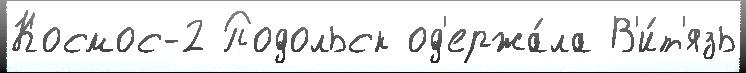
Космос-2 Подольск од'ержа́ла В'и́т'язь